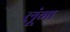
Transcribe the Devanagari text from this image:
लूूंगा